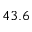
4 3 . 6